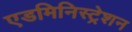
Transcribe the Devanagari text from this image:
एडमिनिस्ट्रेशन